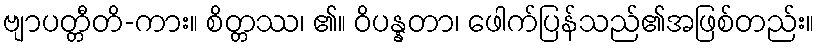
ဗျာပတ္တီတိ-ကား။ စိတ္တဿ၊ ၏။ ဝိပန္နတာ၊ ဖေါက်ပြန်သည်၏အဖြစ်တည်း။